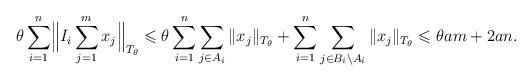
LaTeX: \begin{align*} \theta\sum_{i=1}^n \Bigl\|I_i\sum_{j=1}^m x_j\Bigr\|_{T_\theta} \leqslant \theta \sum_{i=1}^n\sum_{j\in A_i}\|x_j\|_{T_\theta} + \sum_{i=1}^n \sum_{j\in B_i\setminus A_i}\|x_j\|_{T_\theta} \leqslant \theta a m + 2an. \end{align*}